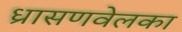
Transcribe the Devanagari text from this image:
ध्रासणवेलका